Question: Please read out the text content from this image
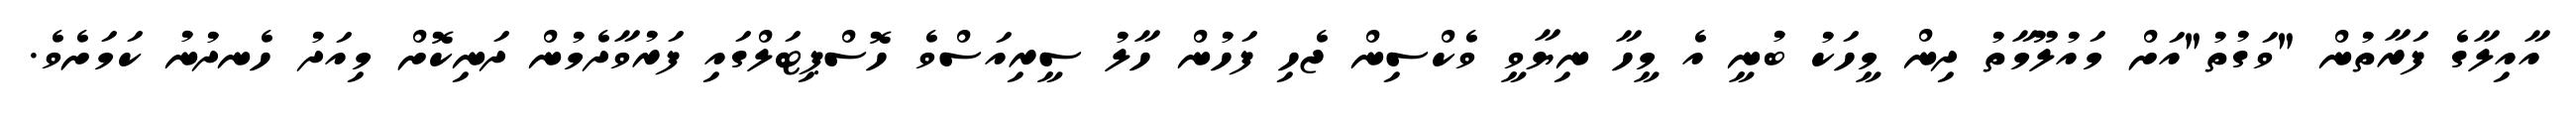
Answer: އާއިލާގެ ފަރާތުން "ވަގުތު"އަށް މައުލޫމާތު ދިން މީހަކު ބުނީ އެ މީހާ ނިޔާވީ ވެކްސިން ޖެހި ފަހުން ހާލު ސީރިއަސްވެ ހޮސްޕިޓަލްގައި ފަރުވާދެމުން ދަނިކޮށް މިއަދު ހެނދުނު ކަމަށެވެ.